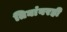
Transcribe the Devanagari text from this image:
तिघांवरही